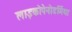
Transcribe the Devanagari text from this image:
लाइकोपेनोडर्मिया